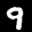
Label: 9